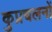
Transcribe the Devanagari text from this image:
कुप्रचलनों